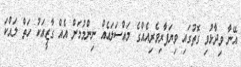
އޭނާ ވިދާޅުވި ގޮތުގައި ވިޔަފާރިވެރިއެއްގެ މައްސަލައެއް ނިންމުމަށް އެއް ގާޒީއަކު ހަތް ލައްކަ